Leaving Certificate Examination, 1915
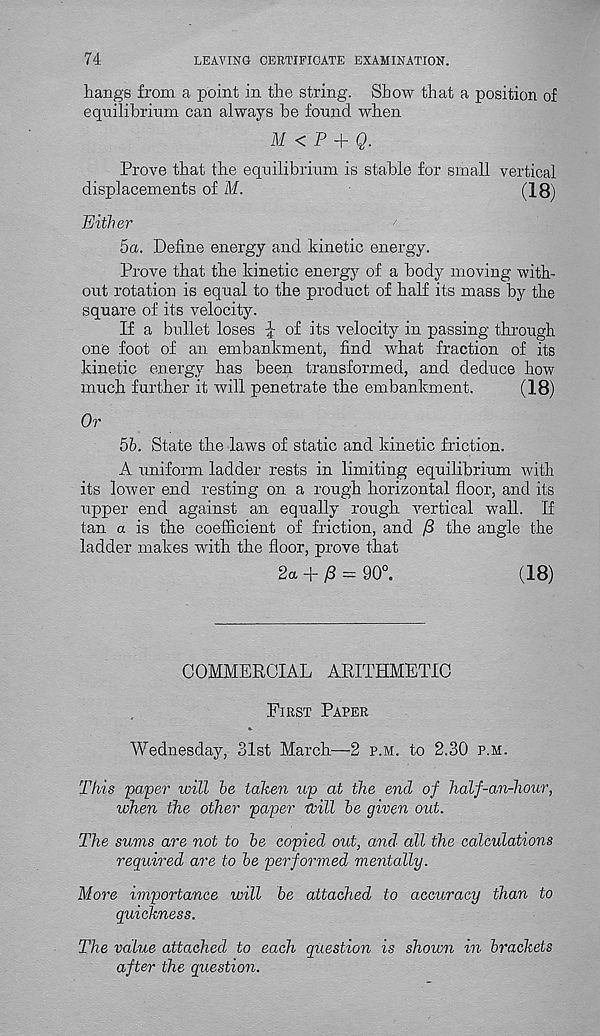
74
LEAVING CERTIFICATE EXAMINATION.
hangs from a point in the string. Show that a position of
equilibrium can always be found when
M <P + Q.
Prove that the equilibrium is stable for small vertical
displacements of M.
(18)
Either
5a. Define energy and kinetic energy.
Prove that the kinetic energy of a body moving with-
out rotation is equal to the product of half its mass by the
square of its velocity.
If a bullet loses ^ of its velocity in passing through
one foot of an embankment, find what fraction of its
kinetic energy has been transformed, and deduce how
much further it will penetrate the embankment.
(18)
Or
5b. State the laws of static and kinetic friction.
A uniform ladder rests in limiting equilibrium with
its lower end resting on a rough horizontal floor, and its
upper end against an equally rough vertical wall. If
tan a is the coefficient of friction, and /3 the angle the
ladder makes with the floor, prove that
2a + £ = 90°.
(18)
COMMERCIAL ARITHMETIC
First Paper
Wednesday, 31st March—2 p.m. to 2.30 p.m.
This paper will be taken up at the end of half-an-liour,
when the other paper trill be given out.
The sums are not to be copied out, and' all the calculations
required are to be performed mentally.
More importance will be attached to accuracy than to
quickness.
The value attached to each question is shown in brackets
after the question.